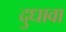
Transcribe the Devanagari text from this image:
दुधावा